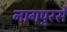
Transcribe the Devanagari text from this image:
नागपुरसे